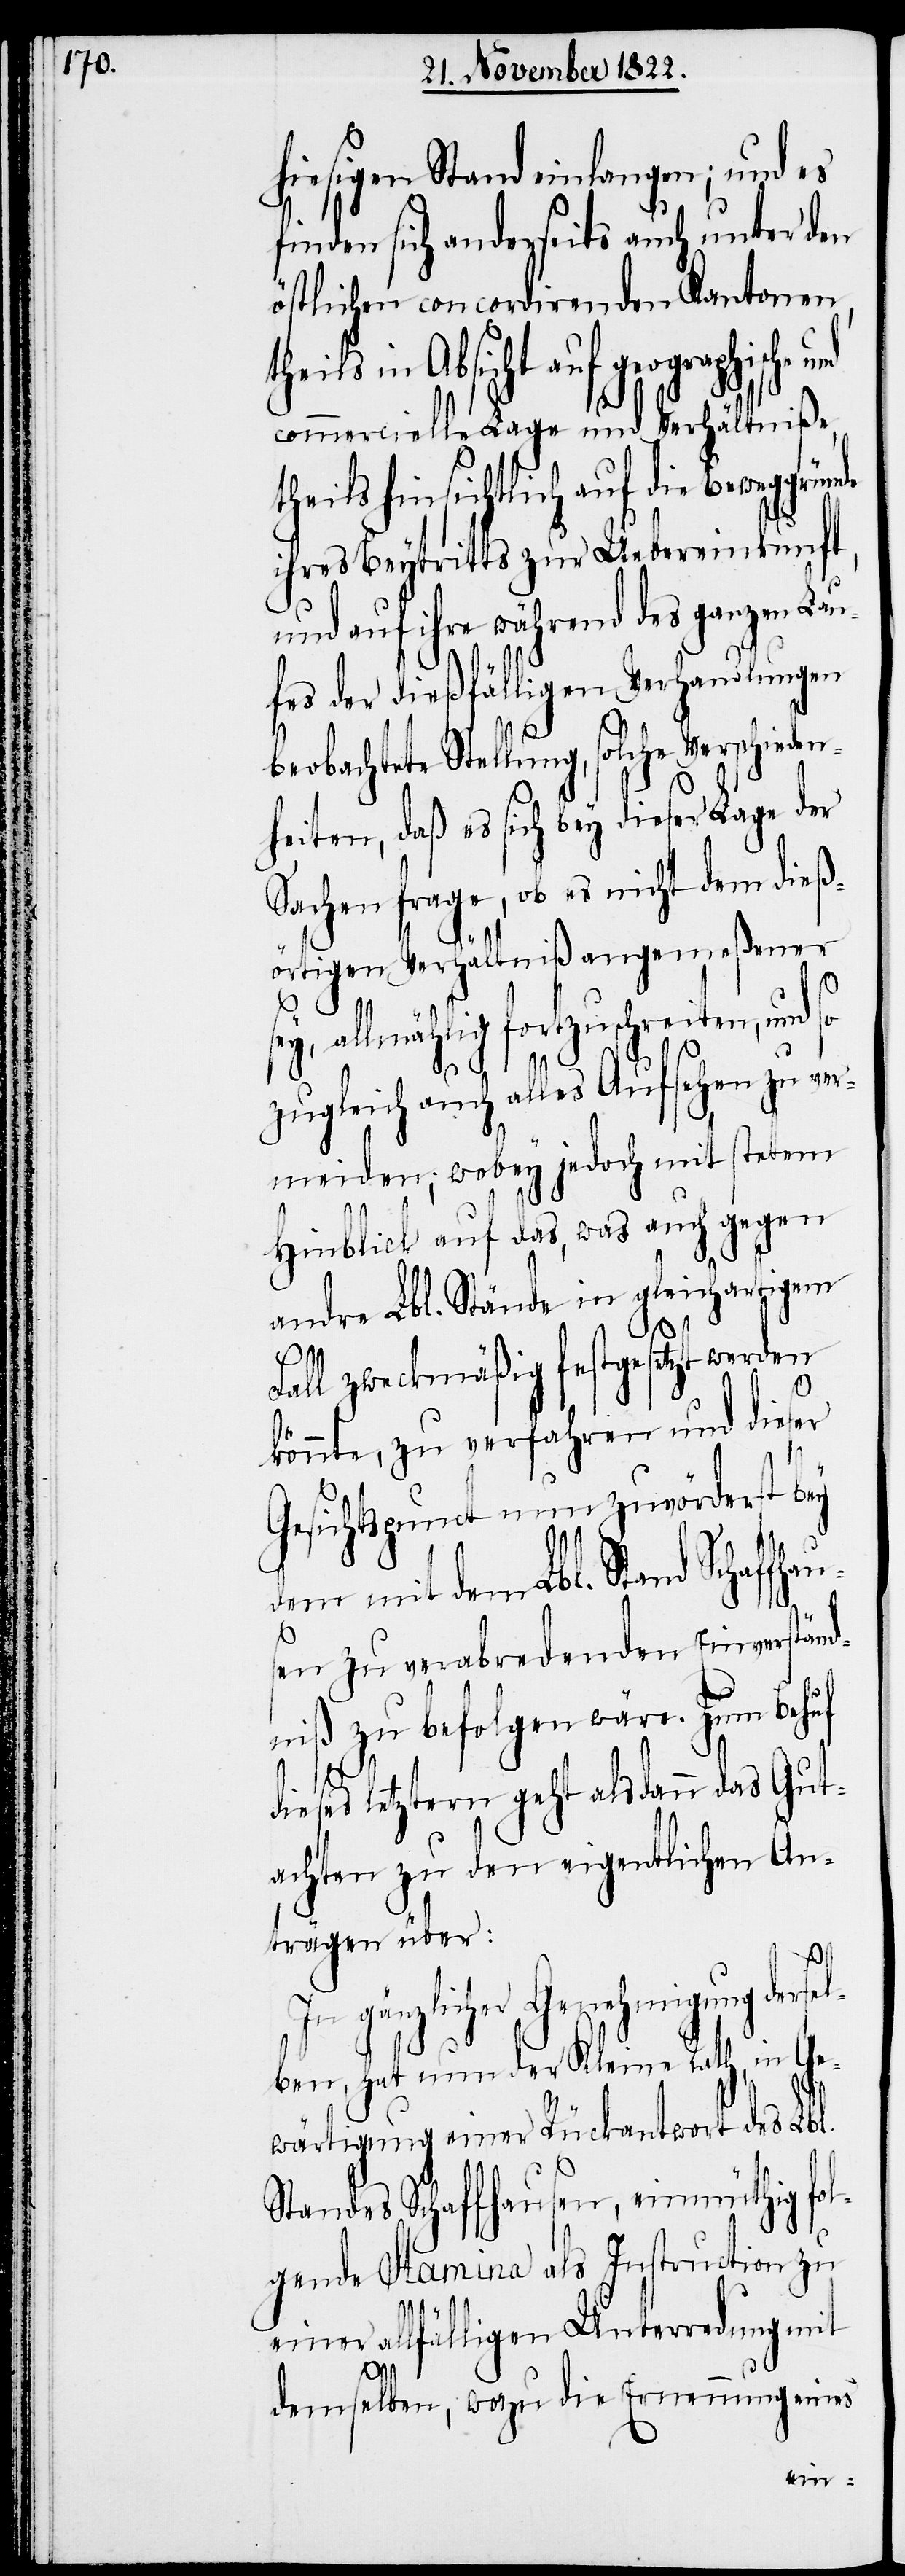
hiesigen Stand einlangen; und es
finden sich anderseits auch unter den
östlichen concordirenden Kantonen,
in Absicht auf geographische
commercielle Lage und Verhältniße,
theils hinsichtlich auf die Beweggr¬
ihres Beytritts zur Uebereinkunft,
und auf ihre während des ganzen Lau¬
fes der dießfälligen Verhandlungen
beobachtete Stellung, solche Verschieden¬
heiten, daß es sich bey dieser Lage der
Sachen frage, ob es nicht dem dieß¬
örtigen Verhältniß angemeßener
sey, allmählig fortzuschreiten, und so
zugleich auch alles Aufsehen zu ver¬
meiden; wobey jedoch mit stetem
Hinblick auf das, was auch gegen
andre Lbl. Stände in gleichartigem
Fall zweckmäßig festgesetzt werden
könnte, zu verfahren und dieser
Gesichtspunct nun zuvörderst bey
dem mit dem Lbl. Stand Schaf¬
sen zu verabredenden Einverständ¬
niß zu befolgen wäre. Zum Behuf
dieses letztern geht alsdann das Gut¬
achten zu den eigentlichen An¬
trägen über.
In gänzlicher Genehmigung
ben, hat nun der Kleine Rath, in Ge¬
wärtigung einer Rückantwort des Lbl.
Standes Schaffhausen, einmüthig fol¬
gende Stamina als Instruction zu
einer allfälligen Unterredung mit
demselben, wozu die Ernennung eines
dersel¬